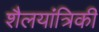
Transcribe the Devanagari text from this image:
शैलयांत्रिकी